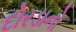
દોરડાનો